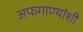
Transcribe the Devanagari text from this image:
अफगाण्यांशी